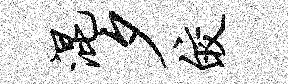
混夕皎